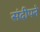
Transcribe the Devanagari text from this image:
संदीपने